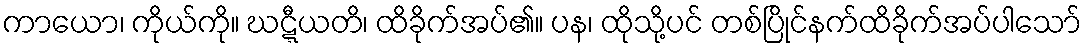
ကာယော၊ ကိုယ်ကို။ ဃဋ္ဋီယတိ၊ ထိခိုက်အပ်၏။ ပန၊ ထိုသို့ပင် တစ်ပြိုင်နက်ထိခိုက်အပ်ပါသော်